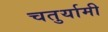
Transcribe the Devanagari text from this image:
चतुर्यामी